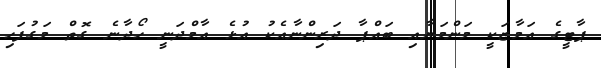
ޕާޓީގެ އަމާޒަކީ މަންމަޔާއި ބައްޕާ ދަރިންނާއެކު އުޅެ އާމްދަނީ ހޯދާނެ ގޮތް މަގުފަހި